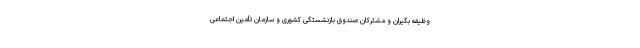
وظیفه بگیران و مشترکان صندوق بازنشستگی کشوری و سازمان تأمین اجتماعی